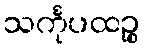
သင်္ကုပထဉ္စ